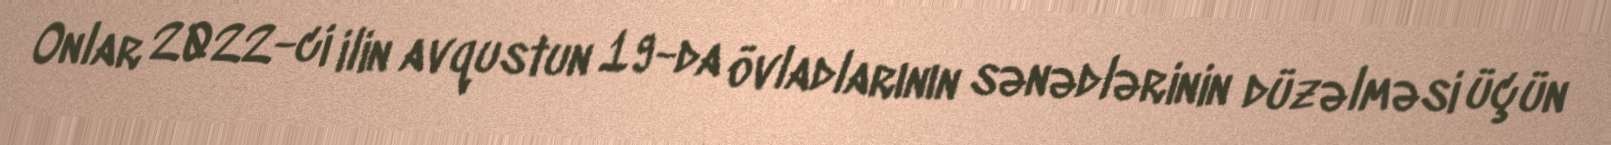
Onlar 2022-ci ilin avqustun 19-da övladlarının sənədlərinin düzəlməsi üçün